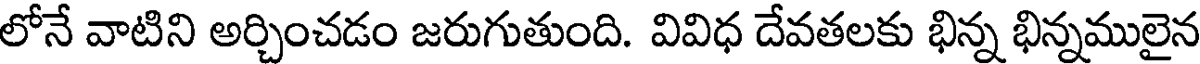
లోనే వాటిని అర్చించడం జరుగుతుంది. వివిధ దేవతలకు భిన్న భిన్నములైన